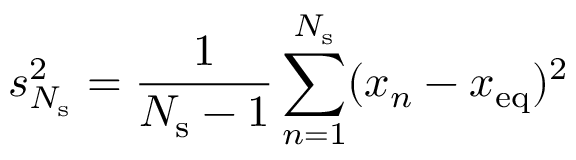
s _ { N _ { \mathrm { s } } } ^ { 2 } = \frac { 1 } { N _ { \mathrm { s } } - 1 } \sum _ { n = 1 } ^ { N _ { \mathrm { s } } } ( x _ { n } - x _ { \mathrm { { e q } } } ) ^ { 2 }